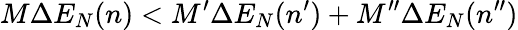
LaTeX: M\Delta E_{N}(n)<M^{\prime}\Delta E_{N}(n^{\prime})+M^{\prime\prime}\Delta E_{N}(n^{\prime\prime})